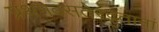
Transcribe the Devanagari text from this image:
प्रथमवसतेरद्भुतानां